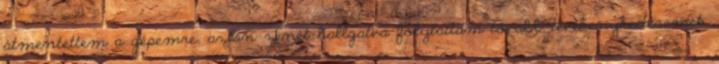
átmentettem a gépemre, aztán zenét hallgatva folytattam tovább tevékenykedésemet.